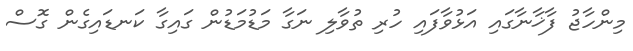
މިންހާޖު ފާޚާނާގައި އަޅުވާފައި ހުރި ތުވާލި ނަގާ މަޑުމަޑުން ގައިގާ ކަނޑައިގެން ގޮސް